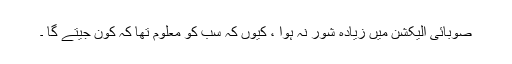
صوبائی الیکشن میں زیادہ شور نہ ہوا ، کیوں کہ سب کو معلوم تھا کہ کون جیتے گا ۔